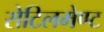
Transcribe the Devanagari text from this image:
सेटिलमेण्ट